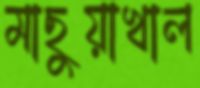
মাছুয়াখাল